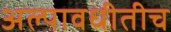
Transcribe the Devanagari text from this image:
अल्पावधीतीच